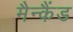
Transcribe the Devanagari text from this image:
मैन्कैंड